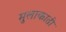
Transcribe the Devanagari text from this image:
मुलाकाती